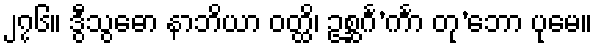
၂၇၆။ ဒွီသွဓော နာဘိယာ ဝတ္ထိ၊ ဥစ္ဆင်္ဂ’င်္ကာ တု’ဘော ပုမေ။